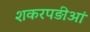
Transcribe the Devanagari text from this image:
शकरपड़ीआं